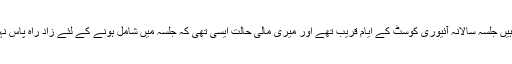
کہتے ہیں جلسہ سالانہ آئیوری کوسٹ کے ایام قریب تھے اور میری مالی حالت ایسی تھی کہ جلسہ میں شامل ہونے کے لئے زادِ راہ پاس نہیں تھا۔